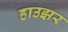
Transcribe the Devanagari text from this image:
हाउझर